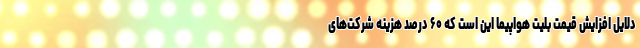
دلایل افزایش قیمت بلیت هواپیما این است که ۶۰ درصد هزینه شرکت‌های